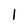
Character: I